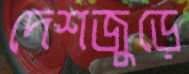
দেশজুড়ে